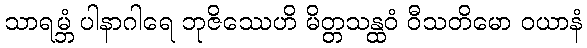
သာရမ္ဘံ ပါနာဂါရေ ဘုဇိဿေဟိ မိတ္တသန္ထဝံ ဝီသတိမော ဝယာနံ